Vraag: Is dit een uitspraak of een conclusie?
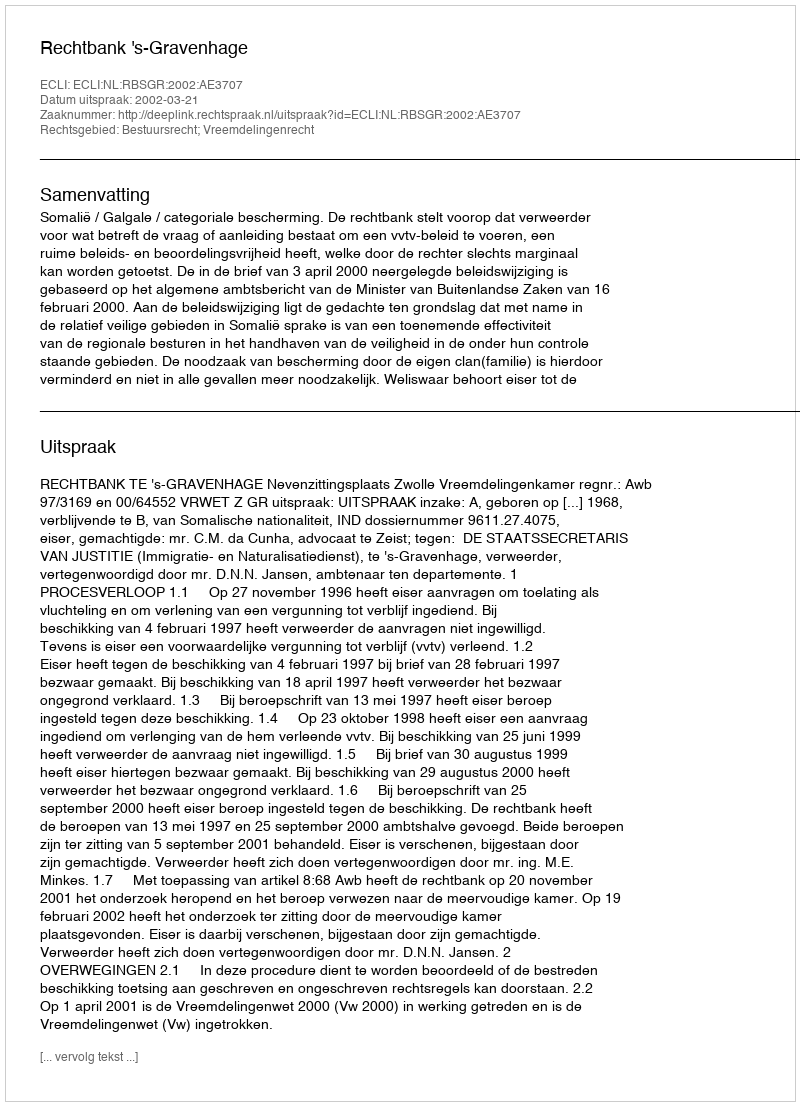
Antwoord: Uitspraak